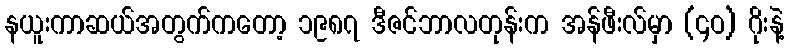
နယူးကာဆယ်အတွက်ကတော့ ၁၉၈၇ ဒီဇင်ဘာလတုန်းက အန်ဖီးလ်မှာ (၄ဝ) ဂိုးနဲ့